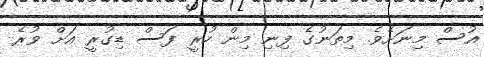
އުސް މިނަށެވެ. މިތަނުގެ ފިނި މިން ހުރީ ފަސް ޑިގުރީ އަށް ވުރެ